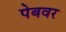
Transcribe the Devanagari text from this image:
पेबवर